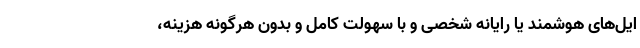
ایل‌های هوشمند یا رایانه شخصی و با سهولت کامل و بدون هرگونه هزینه،